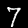
Label: 7